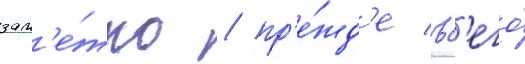
зам'е́тно / пр'е́жд'е вс'его́